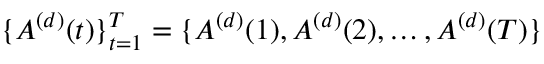
\{ A ^ { ( d ) } ( t ) \} _ { t = 1 } ^ { T } = \{ A ^ { ( d ) } ( 1 ) , A ^ { ( d ) } ( 2 ) , \dots , A ^ { ( d ) } ( T ) \}